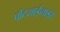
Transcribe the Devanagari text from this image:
पोंटसाईलाइट